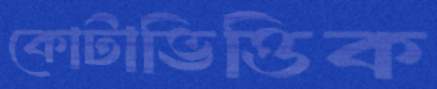
কোটাভিত্তিক